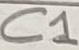
Text: C1